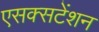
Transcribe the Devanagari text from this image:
एसक्सटेंशन